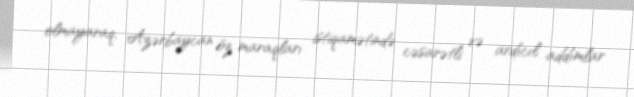
olmayaraq, Azərbaycan öz maraqları istiqamətində cəsarətli və ardıcıl addımlar